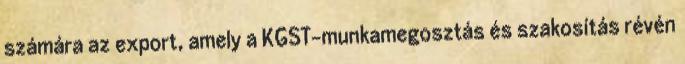
számára az export, amely a KGST-munkamegosztás és szakosítás révén